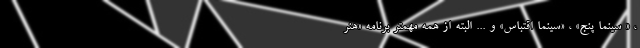
، « سینما پنج» ، «سینما اقتباس» و ... البته از همه مهمتر برنامه «هنر